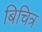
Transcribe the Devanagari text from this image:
बिचित्र